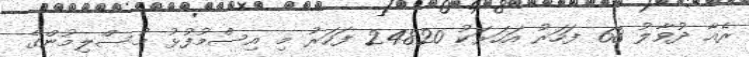
ރެއާ ދުވާލު 68 ފަހަރު އަހަރަކު 24820 ފަހަރު މި އިސްމުފުޅު މުސްލިމުންގެ